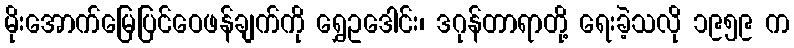
မိုးအောက်မြေပြင်ဝေဖန်ချက်ကို ရွှေဥဒေါင်း၊ ဒဂုန်တာရာတို့ ရေးခဲ့သလို ၁၉၅၉ က